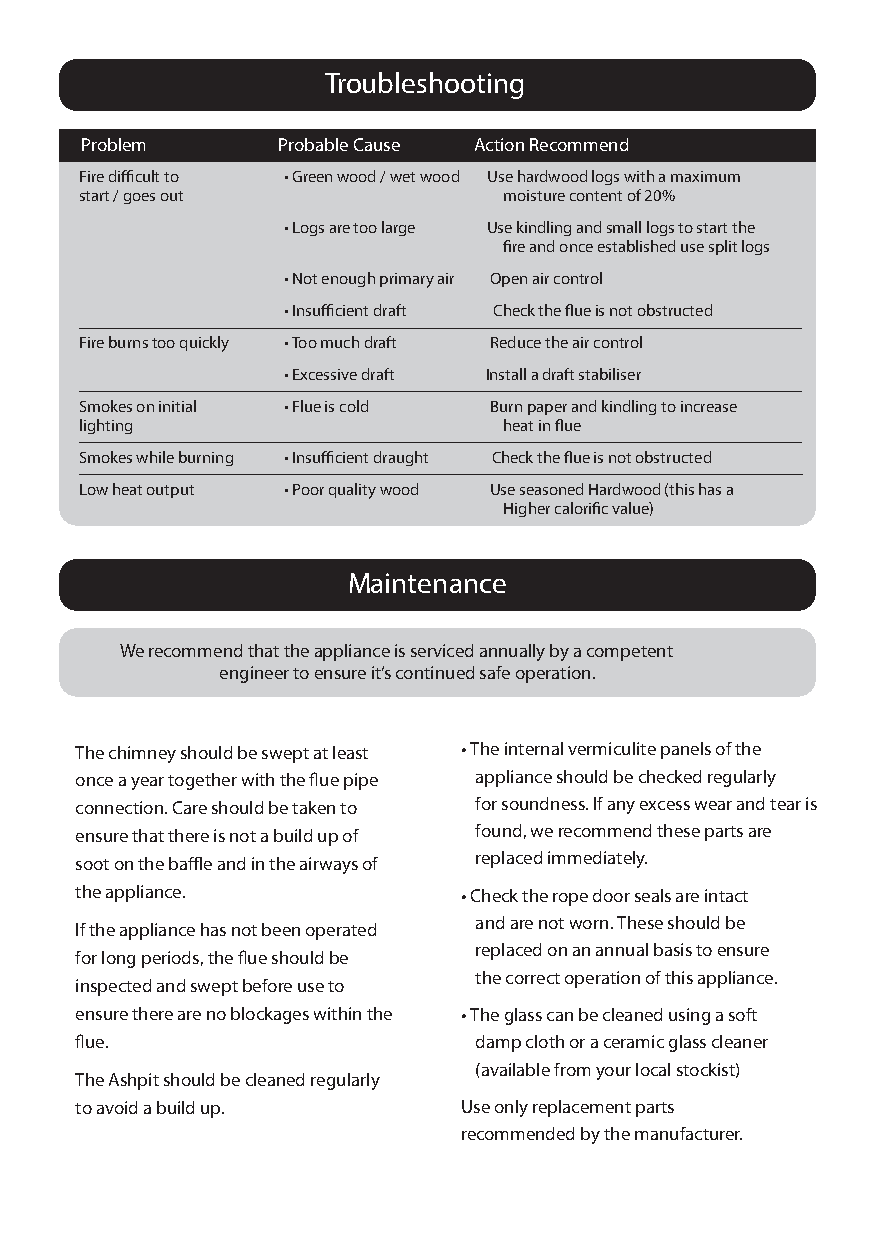
Troubleshooting
 Problem      Probable Cause Action Recommend
 Fire difficult to • Green wood / wet wood Use hardwood logs with a maximum
 start / goes out            moisture content of 20%
 • Logs are too large Use kindling and small logs to start the
 fire and once established use split logs
 • Not enough primary air Open air control
 • Insufficient draft Check the flue is not obstructed
 Fire burns too quickly • Too much draft Reduce the air control
 • Excessive draft Install a draft stabiliser
 Smokes on initial • Flue is cold Burn paper and kindling to increase
 lighting                    heat in flue
 Smokes while burning • Insufficient draught Check the flue is not obstructed
 Low heat output • Poor quality wood Use seasoned Hardwood (this has a
 Higher calorific value)
 Maintenance
 We recommend that the appliance is serviced annually by a competent
 engineer to ensure it’s continued safe operation.
 The chimney should be swept at least • The internal vermiculite panels of the
 once a year together with the flue pipe appliance should be checked regularly
 connection. Care should be taken to for soundness. If any excess wear and tear is
 ensure that there is not a build up of found, we recommend these parts are
 soot on the baffle and in the airways of replaced immediately.
 the appliance.           • Check the rope door seals are intact
 and are not worn. These should be
 If the appliance has not been operated
 replaced on an annual basis to ensure
 for long periods, the flue should be
 the correct operation of this appliance.
 inspected and swept before use to
 ensure there are no blockages within the • The glass can be cleaned using a soft
 flue.                     damp cloth or a ceramic glass cleaner
 (available from your local stockist)
 The Ashpit should be cleaned regularly
 to avoid a build up.     Use only replacement parts
 recommended by the manufacturer.